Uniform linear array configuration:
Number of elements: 8
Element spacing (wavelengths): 0.5
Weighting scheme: hann
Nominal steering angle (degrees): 60
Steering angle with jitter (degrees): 61.353
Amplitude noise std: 0.05
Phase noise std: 0.05

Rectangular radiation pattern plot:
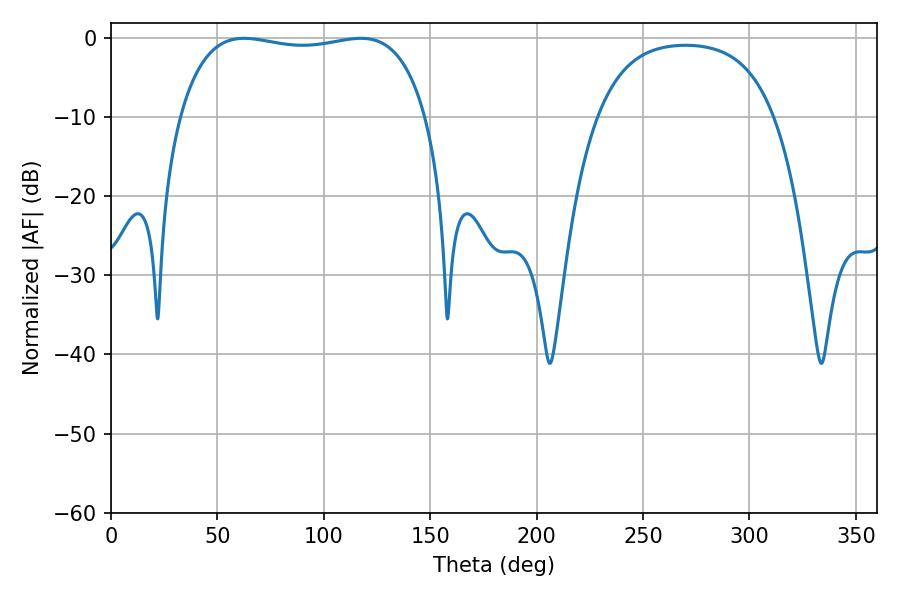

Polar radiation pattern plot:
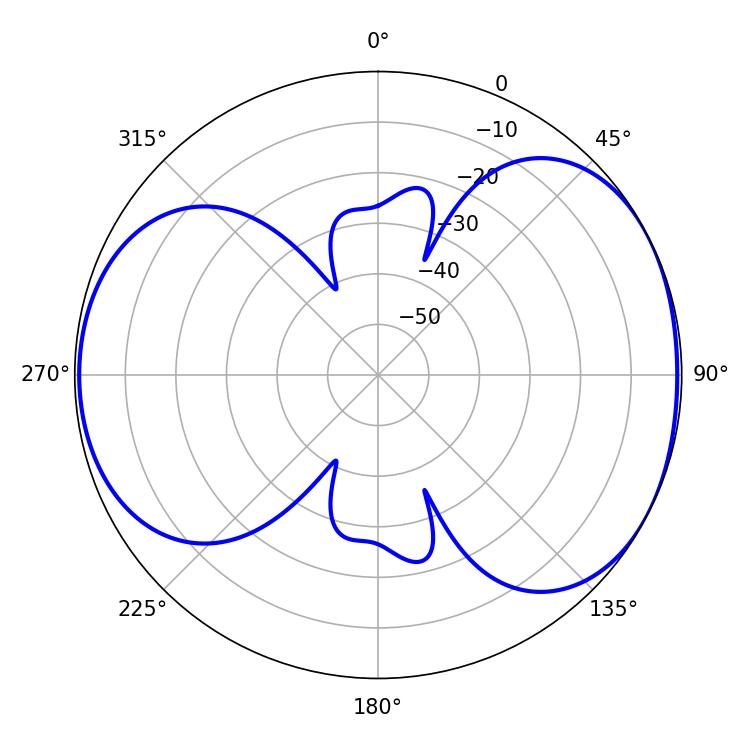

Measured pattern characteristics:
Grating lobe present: FALSE
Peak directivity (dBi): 5.269
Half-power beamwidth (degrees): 93.24
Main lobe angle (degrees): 62.46